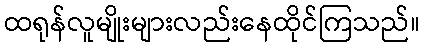
ထရုန်လူမျိုးများလည်းနေထိုင်ကြသည်။